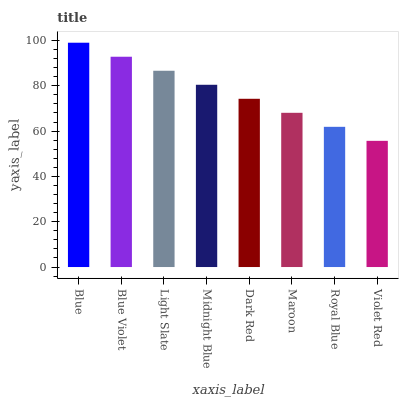
| xaxis_label | bars |
 | --- | --- |
 | Blue | 99 |
 | Blue Violet | 92.8 |
 | Light Slate | 86.6 |
 | Midnight Blue | 80.4 |
 | Dark Red | 74.3 |
 | Maroon | 68.1 |
 | Royal Blue | 61.9 |
 | Violet Red | 55.7 |